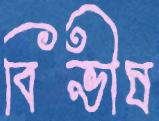
বিভীষ